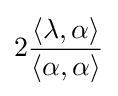
2{\frac {\langle \lambda ,\alpha \rangle }{\langle \alpha ,\alpha \rangle }}